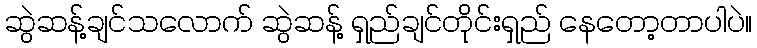
ဆွဲဆန့်ချင်သလောက် ဆွဲဆန့် ရှည်ချင်တိုင်းရှည် နေတော့တာပါပဲ။